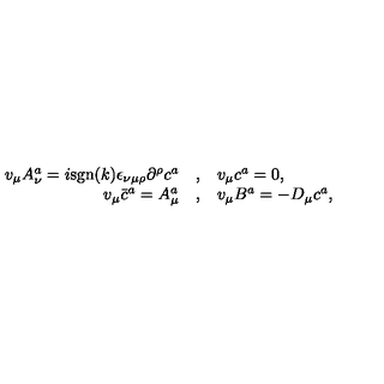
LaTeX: \begin{array} { r c l } { v _ { \mu } A _ { \nu } ^ { a } = i \mathrm { s g n } ( k ) { \epsilon } _ { \nu \mu \rho } { \partial } ^ { \rho } c ^ { a } } & { , } & { v _ { \mu } c ^ { a } = 0 , } \\ { v _ { \mu } { \bar { c } ^ { a } } = A _ { \mu } ^ { a } } & { , } & { v _ { \mu } B ^ { a } = - D _ { \mu } c ^ { a } , } \\ \end{array}